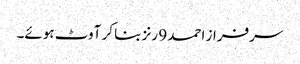
سرفراز احمد 9 رنز بنا کر آوٹ ہوئے۔